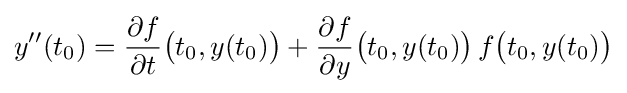
y''(t_{0})={\frac {\partial f}{\partial t}}{\bigl (}t_{0},y(t_{0}){\bigr )}+{\frac {\partial f}{\partial y}}{\bigl (}t_{0},y(t_{0}){\bigr )}\,f{\bigl (}t_{0},y(t_{0}){\bigr )}